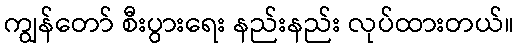
ကျွန်တော် စီးပွားရေး နည်းနည်း လုပ်ထားတယ်။